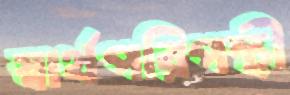
স্বার্থপরিপন্থী